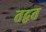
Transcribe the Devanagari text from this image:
तद्वत